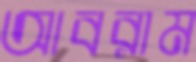
আবরাম